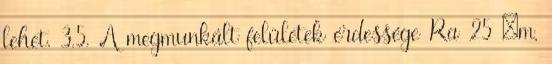
lehet. 3.5. A megmunkált felületek érdessége Ra 25 m,